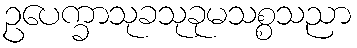
ဥပေက္ခာသုခသုခုမသစ္စသညာ